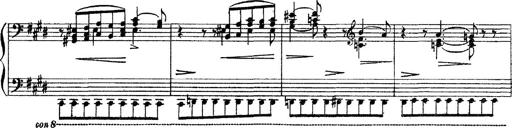
Title: 3 sonetti di Petrarca
Composer: Franz Liszt